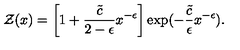
{ \cal Z } ( x ) = \left[ 1 + { \frac { \tilde { c } } { 2 - \epsilon } } x ^ { - \epsilon } \right] \exp ( - { \frac { \tilde { c } } { \epsilon } } x ^ { - \epsilon } ) .